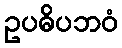
ဥပဓိပဘဝံ